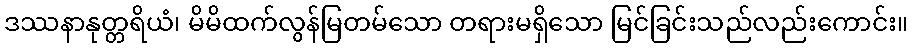
ဒဿနာနုတ္တရိယံ၊ မိမိထက်လွန်မြတမ်သော တရားမရှိသော မြင်ခြင်းသည်လည်းကောင်း။